Lunatic asylums Bombay report 1891-1903 - 1891-1903
Year: 1891
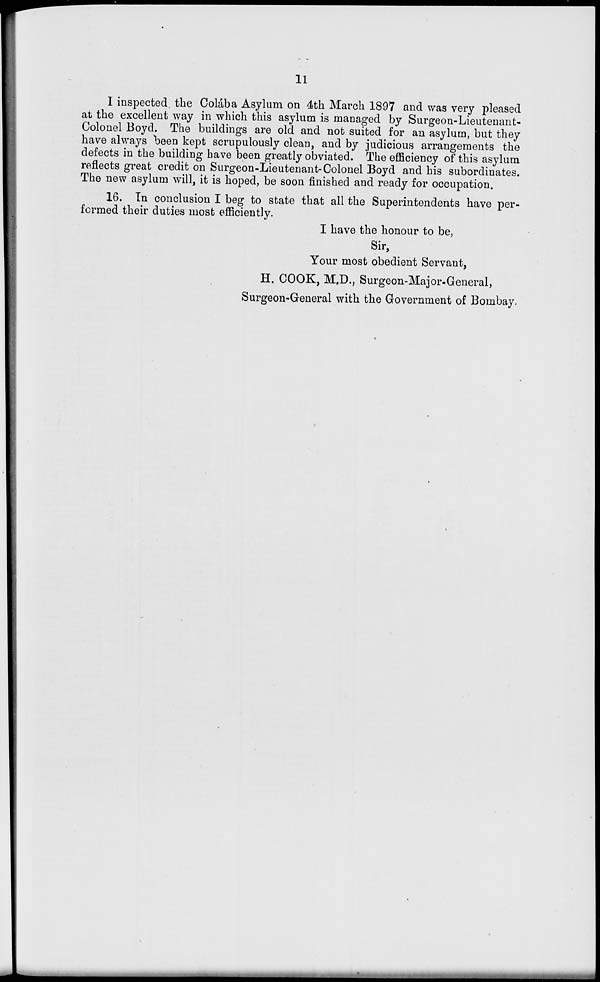
11
I inspected the Colába Asylum on 4th March 1897 and was very pleased
at the excellent way in which this asylum is managed by Surgeon-Lieutenant-
Colonel Boyd. The buildings are old and not suited for an asylum, but they
have always been kept scrupulously clean, and by judicious arrangements the
defects in the building have been greatly obviated. The efficiency of this asylum
reflects great credit on Surgeon-Lieutenant-Colonel Boyd and his subordinates.
The new asylum will, it is hoped, be soon finished and ready for occupation.
16. In conclusion I beg to state that all the Superintendents have per-
formed their duties most efficiently.
I have the honour to be,
Sir,
Your most obedient Servant,
H. COOK, M. D., Surgeon-Major-General,
Surgeon-General with the Government of Bombay.